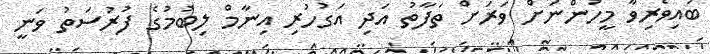
ބައިވެރިވާ މީހުންނަށް ވަރަށް ތަފާތު އަދި އަގުހުރި އިނާމް ލިބުމުގެ ފުރުސަތު ވަނީ